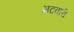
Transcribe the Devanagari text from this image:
भटवारी